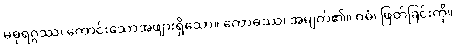
မဓုရဂ္ဂဿ၊ ကောင်းသောအဖျားရှိသော။ ကောဓဿ၊ အမျက်၏။ ဝဓံ၊ ဖြတ်ခြင်းကို။